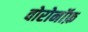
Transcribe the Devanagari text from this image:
वोरोनॉफ़